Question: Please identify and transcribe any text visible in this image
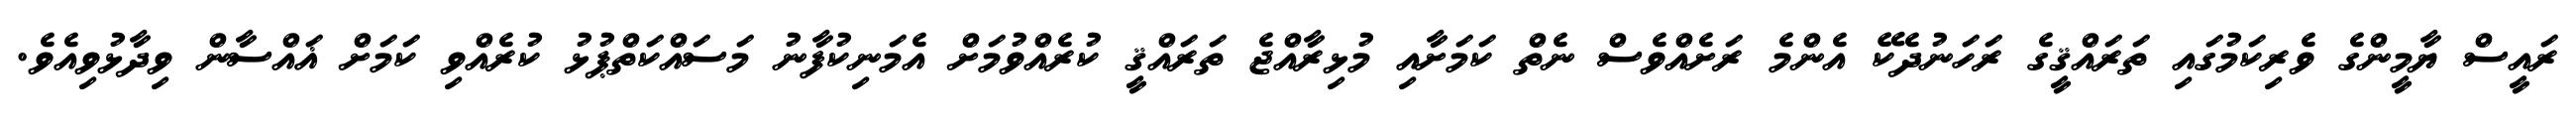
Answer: ރައީސް ޔާމީންގެ ވެރިކަމުގައި ތަރައްޤީގެ ރަހަނުދެކޭ އެންމެ ރަށެއްވެސް ނެތް ކަމަށާއި މުޅިރާއްޖެ ތަރައްޤީ ކުރެއްވުމަށް އެމަނިކުފާނު މަސައްކަތްޕުޅު ކުރެއްވި ކަމަށް ޣައްސާން ވިދާޅުވިއެވެ.